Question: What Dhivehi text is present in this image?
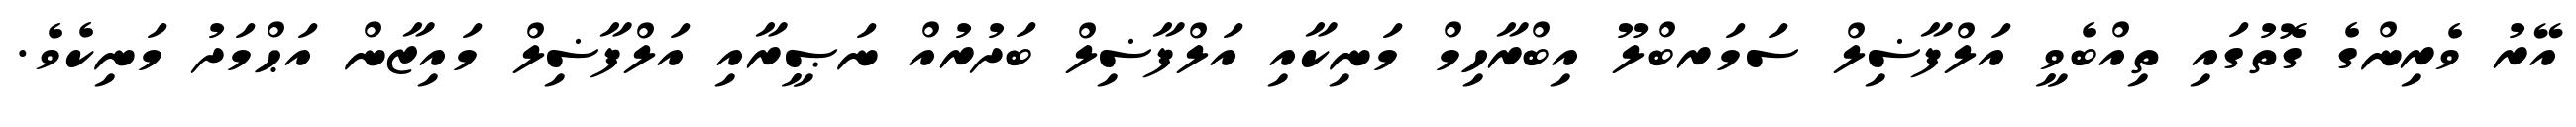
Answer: އޭރު ވެރިންގެ ގޮތުގައި ތިއްބެވީ އަލްފާޟިލް ސަމަރބްލޫ އިބްރާހިމް މަނިކާއި އަލްފާޟިލް ބަދުރުއް ނަޞީރާއި އަލްފާޟިލް މައިޒާން އަޙްމަދު މަނިކެވެ.